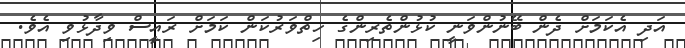
އަދި އެކަމަށް ދެން ބޭނުންވަނީ ކުޅުންތެރިންގެ ހިތްވަރުކަން ކަމަށް ރައީސް ވިދާޅުވި އެވެ.